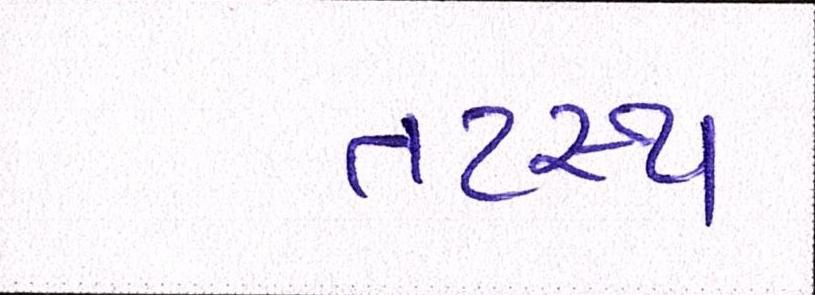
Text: તટસ્થ